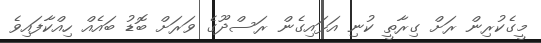
މީގެކުރިން ރަށް ގިރާތީ ކުނި އަޅައިގެން ރަސްދޫގެ ވަރަށް ބޮޑު ބައެއް ހިއްކާފައިވެ